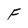
Character: F